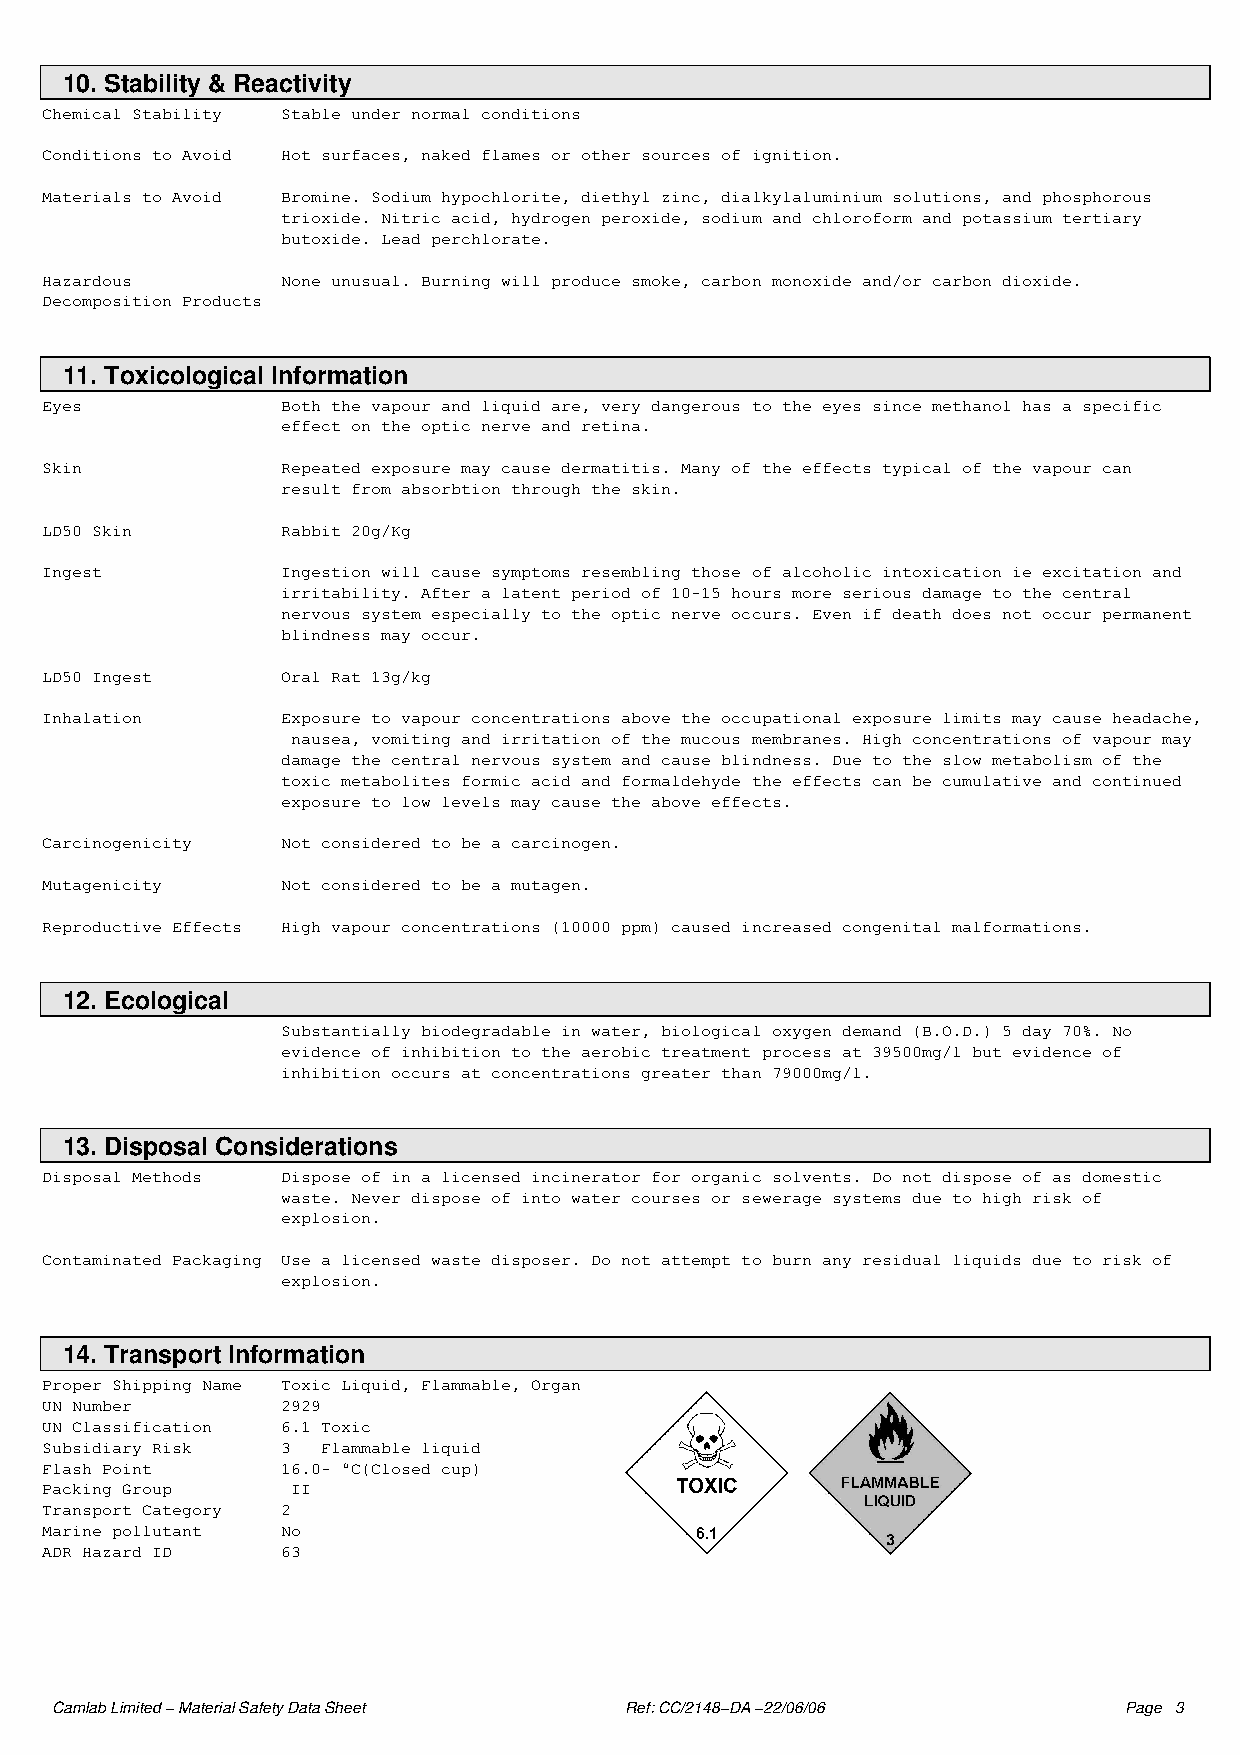
10. Stability & Reactivity
 Chemical Stability Stable under normal conditions
 Conditions to Avoid Hot surfaces, naked flames or other sources of ignition.
 Materials to Avoid Bromine. Sodium hypochlorite, diethyl zinc, dialkylaluminium solutions, and phosphorous
 trioxide. Nitric acid, hydrogen peroxide, sodium and chloroform and potassium tertiary
 butoxide. Lead perchlorate.
 Hazardous       None unusual. Burning will produce smoke, carbon monoxide and/or carbon dioxide.
 Decomposition Products
 11. Toxicological Information
 Eyes            Both the vapour and liquid are, very dangerous to the eyes since methanol has a specific
 effect on the optic nerve and retina.
 Skin            Repeated exposure may cause dermatitis. Many of the effects typical of the vapour can
 result from absorbtion through the skin.
 LD50 Skin       Rabbit 20g/Kg
 Ingest          Ingestion will cause symptoms resembling those of alcoholic intoxication ie excitation and
 irritability. After a latent period of 10−15 hours more serious damage to the central
 nervous system especially to the optic nerve occurs. Even if death does not occur permanent
 blindness may occur.
 LD50 Ingest     Oral Rat 13g/kg
 Inhalation      Exposure to vapour concentrations above the occupational exposure limits may cause headache,
 nausea, vomiting and irritation of the mucous membranes. High concentrations of vapour may
 damage the central nervous system and cause blindness. Due to the slow metabolism of the
 toxic metabolites formic acid and formaldehyde the effects can be cumulative and continued
 exposure to low levels may cause the above effects.
 Carcinogenicity Not considered to be a carcinogen.
 Mutagenicity    Not considered to be a mutagen.
 Reproductive Effects High vapour concentrations (10000 ppm) caused increased congenital malformations.
 12. Ecological
 Substantially biodegradable in water, biological oxygen demand (B.O.D.) 5 day 70%. No
 evidence of inhibition to the aerobic treatment process at 39500mg/l but evidence of
 inhibition occurs at concentrations greater than 79000mg/l.
 13. Disposal Considerations
 Disposal Methods Dispose of in a licensed incinerator for organic solvents. Do not dispose of as domestic
 waste. Never dispose of into water courses or sewerage systems due to high risk of
 explosion.
 Contaminated Packaging Use a licensed waste disposer. Do not attempt to burn any residual liquids due to risk of
 explosion.
 14. Transport Information
 Proper Shipping Name Toxic Liquid, Flammable, Organ
 UN Number       2929
 UN Classification 6.1 Toxic
 Subsidiary Risk 3 Flammable liquid
 Flash Point     16.0− °C(Closed cup)
 Packing Group   II
 Transport Category 2
 Marine pollutant No
 ADR Hazard ID   63
 Camlab Limited − Material Safety Data Sheet Ref: CC/2148−DA −22/06/06  Page 3